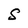
Character: S